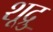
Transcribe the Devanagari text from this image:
शूद्रु